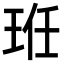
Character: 𭹆